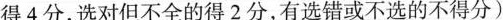
得4分，选对但不全的得2分，有选错或不选的不得分)